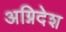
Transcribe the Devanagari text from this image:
अग्निदेश